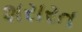
શરારત